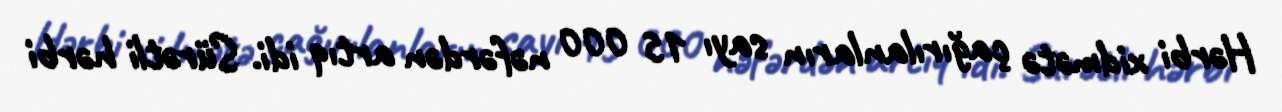
Hərbi xidmətə çağırılanların sayı 15 000 nəfərdən artıq idi. Sürətli hərbi